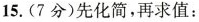
15.(7分)先化简，再求值：